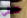
تتلقى